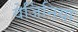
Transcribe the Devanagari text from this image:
वेर्जिनिया